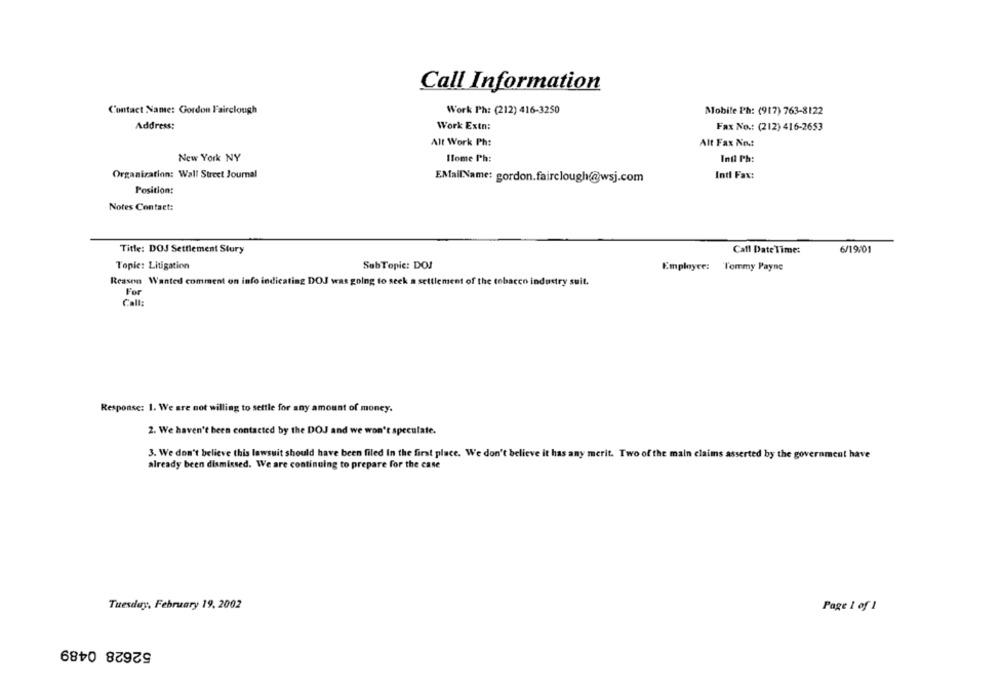
Call Information
Contact Name: Gordon Fairclough
Work Ph: (212) 416-3250
Mobile Ph: (917) 763-8122
Address:
Work Extn:
Fax No .: (212) 416-2653
Alt Work Ph:
Alt Fax Nr .:
New York NY
Home Ph:
Indi Ph:
Organization: Wall Street Journal
EMailName: gordon.fairclough@wsj.com
Intl Fax:
Position:
Notes Contact:
Title: DOJ Settlement Stury
Call Date Time:
6/19/01
Topic: Litigation
SubTopic: DOJ
Employee: Tommy Payne
Reason Wanted comment on info indicating DOJ was going to seek a settlement of the tobacco industry suit.
For
Call:
Response: 1. We are not willing to settle for any amount of money.
2. We haven't been contacted by the DOJ and we won't speculate.
3. We don't believe this lawsuit should have been filed In the first place. We don't believe it has any merit. Two of the main claims asserted by the government have
already been dismissed. We are continuing to prepare for the case
Tuesday, February 19, 2002
Page 1 of 1
52628 0489